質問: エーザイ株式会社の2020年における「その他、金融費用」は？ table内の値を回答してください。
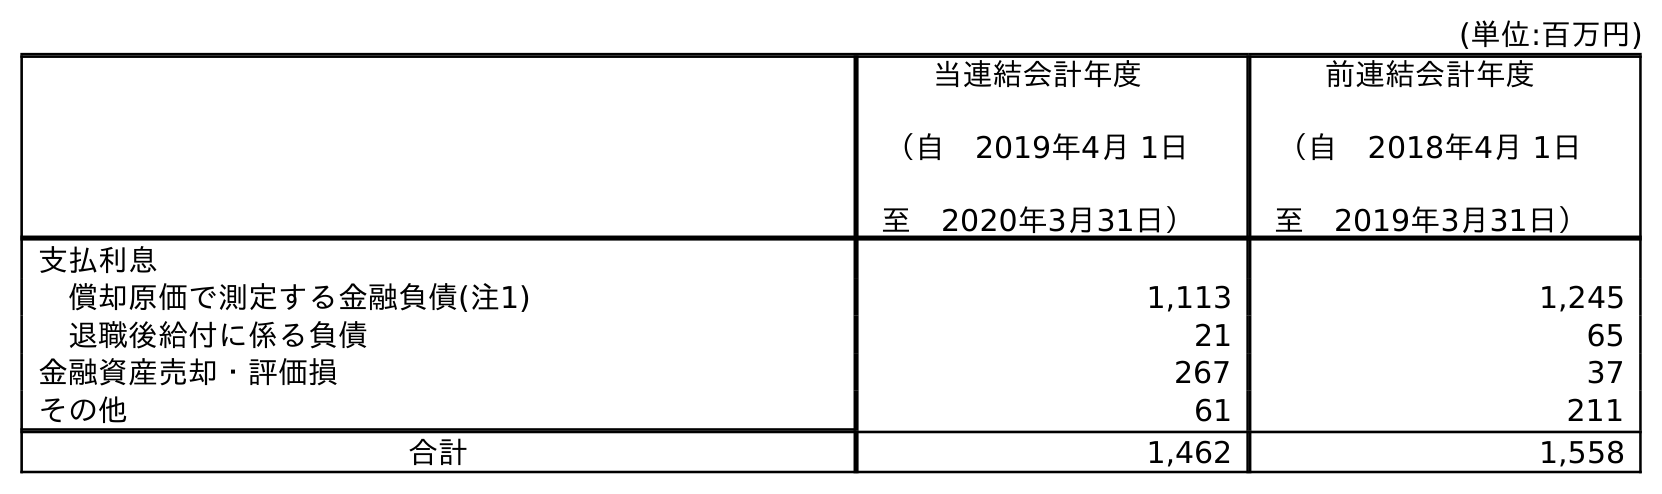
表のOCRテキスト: (単位:百万円) 当連結会計年度 （自 2019年4月 1日 至 2020年3月31日） 前連結会計年度 （自 2018年4月 1日 至 2019年3月31日） 支払利息 償却原価で測定する金融負債(注1) 1,113 1,245 退職後給付に係る負債 21 65 金融資産売却・評価損 267 37 その他 61 211 合計 1,462 1,558
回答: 61